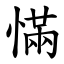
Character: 慲